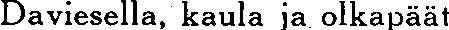
Daviesella, kaula ja olkapäät